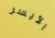
الأيسر